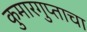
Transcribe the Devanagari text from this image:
कुमारगुप्ताचा